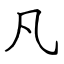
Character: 凡